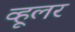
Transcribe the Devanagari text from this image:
व्हूलर